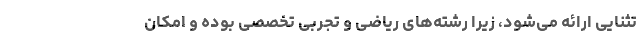
تثنایی ارائه می‌شود، زیرا رشته‌های ریاضی و تجربی تخصصی بوده و امکان